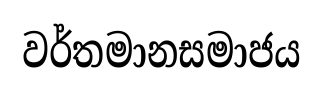
වර්තමානසමාජය